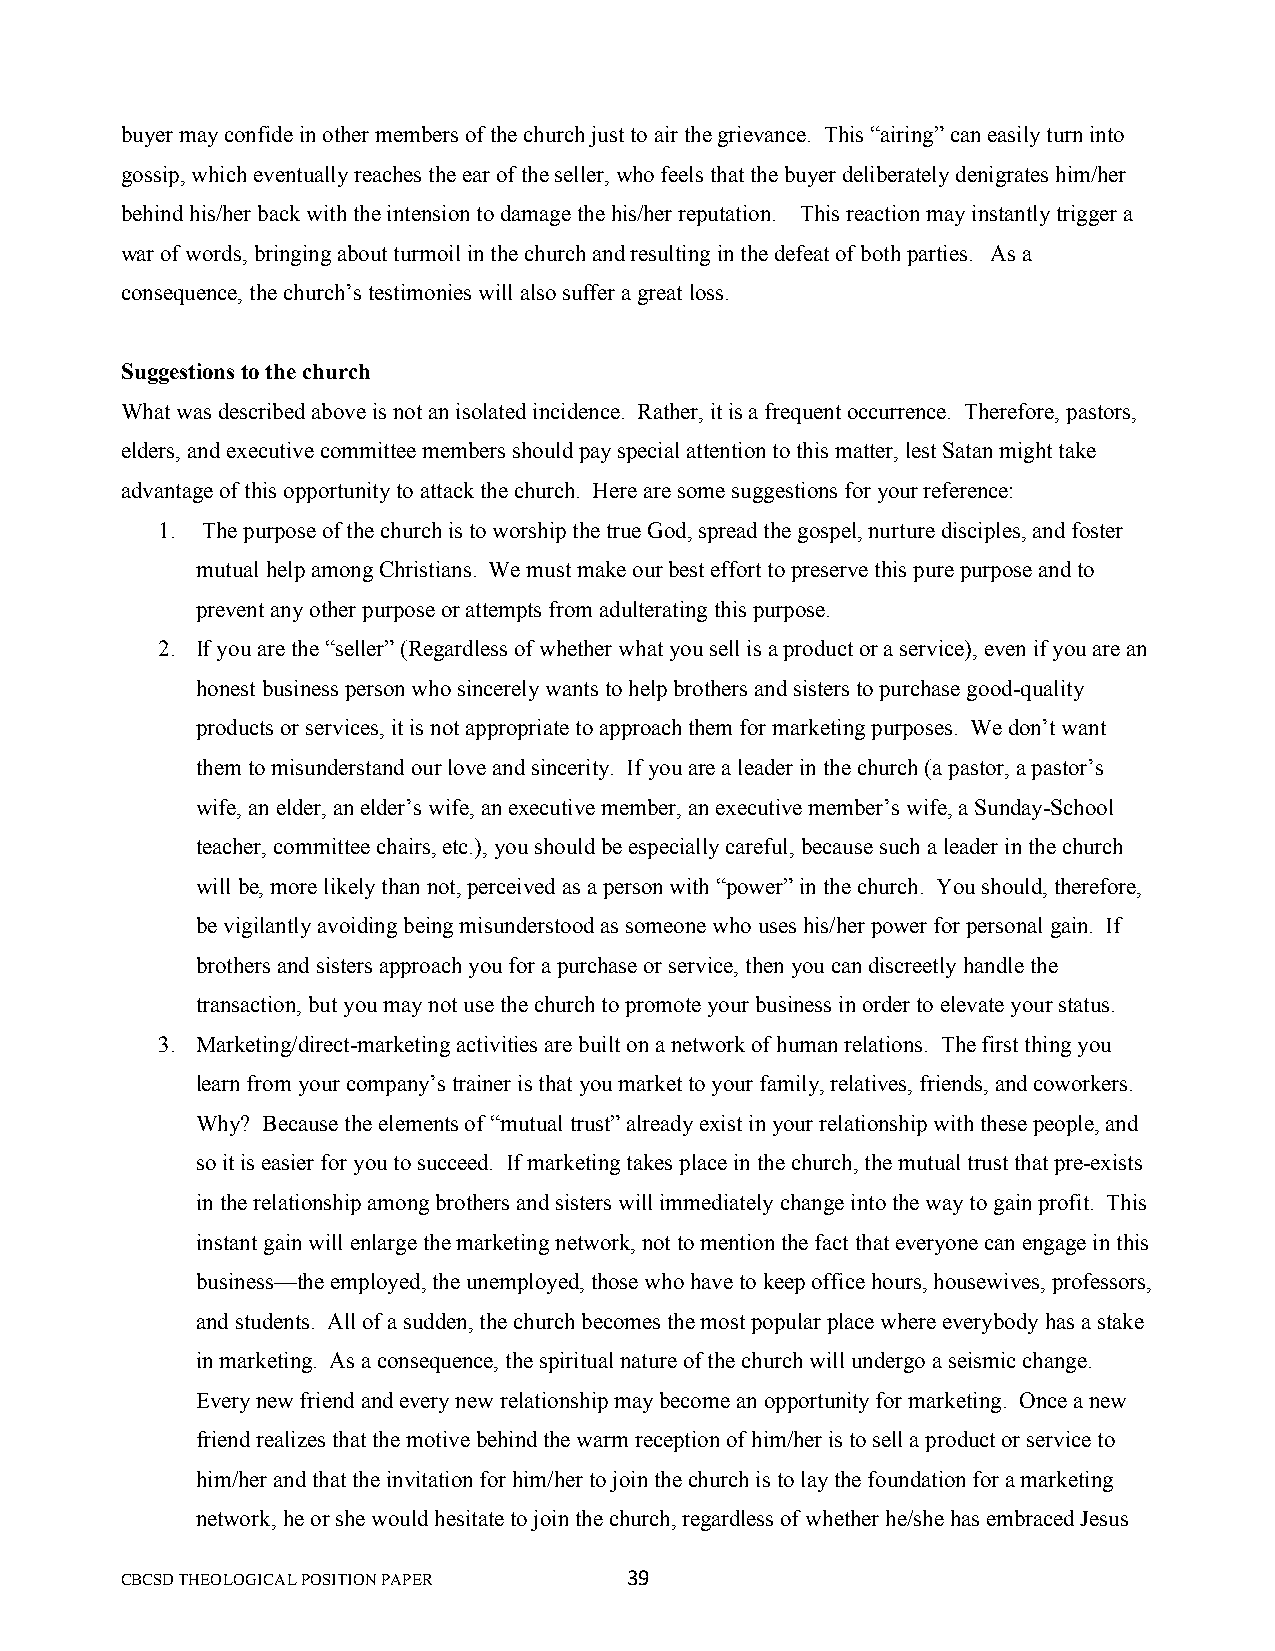
buyer may confide in other members of the church just to air the grievance. This “airing” can easily turn into
 gossip, which eventually reaches the ear of the seller, who feels that the buyer deliberately denigrates him/her
 behind his/her back with the intension to damage the his/her reputation. This reaction may instantly trigger a
 war of words, bringing about turmoil in the church and resulting in the defeat of both parties. As a
 consequence, the church’s testimonies will also suffer a great loss.
 Suggestions to the church
 What was described above is not an isolated incidence. Rather, it is a frequent occurrence. Therefore, pastors,
 elders, and executive committee members should pay special attention to this matter, lest Satan might take
 advantage of this opportunity to attack the church. Here are some suggestions for your reference:
 1. The purpose of the church is to worship the true God, spread the gospel, nurture disciples, and foster
 mutual help among Christians. We must make our best effort to preserve this pure purpose and to
 prevent any other purpose or attempts from adulterating this purpose.
 2. If you are the “seller” (Regardless of whether what you sell is a product or a service), even if you are an
 honest business person who sincerely wants to help brothers and sisters to purchase good-quality
 products or services, it is not appropriate to approach them for marketing purposes. We don’t want
 them to misunderstand our love and sincerity. If you are a leader in the church (a pastor, a pastor’s
 wife, an elder, an elder’s wife, an executive member, an executive member’s wife, a Sunday-School
 teacher, committee chairs, etc.), you should be especially careful, because such a leader in the church
 will be, more likely than not, perceived as a person with “power” in the church. You should, therefore,
 be vigilantly avoiding being misunderstood as someone who uses his/her power for personal gain. If
 brothers and sisters approach you for a purchase or service, then you can discreetly handle the
 transaction, but you may not use the church to promote your business in order to elevate your status.
 3. Marketing/direct-marketing activities are built on a network of human relations. The first thing you
 learn from your company’s trainer is that you market to your family, relatives, friends, and coworkers.
 Why? Because the elements of “mutual trust” already exist in your relationship with these people, and
 so it is easier for you to succeed. If marketing takes place in the church, the mutual trust that pre-exists
 in the relationship among brothers and sisters will immediately change into the way to gain profit. This
 instant gain will enlarge the marketing network, not to mention the fact that everyone can engage in this
 business—the employed, the unemployed, those who have to keep office hours, housewives, professors,
 and students. All of a sudden, the church becomes the most popular place where everybody has a stake
 in marketing. As a consequence, the spiritual nature of the church will undergo a seismic change.
 Every new friend and every new relationship may become an opportunity for marketing. Once a new
 friend realizes that the motive behind the warm reception of him/her is to sell a product or service to
 him/her and that the invitation for him/her to join the church is to lay the foundation for a marketing
 network, he or she would hesitate to join the church, regardless of whether he/she has embraced Jesus
 CBCSD THEOLOGICAL POSITION PAPER 39